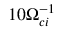
1 0 \Omega _ { c i } ^ { - 1 }